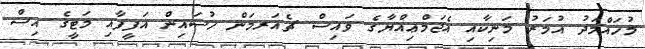
މުހައްމަދު އުމަރު މަނިކާއި އެޖަމްޢިއްޔާގެ ވައިސް ޗެއަރމަން ހުސައިން އަފީފާއި މަޓީގެ އިސް